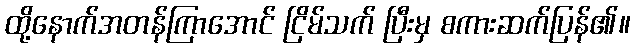
ထို့နောက်အတန်ကြာအောင် ငြိမ်သက် ပြီးမှ စကားဆက်ပြန်၏။